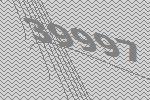
39997